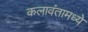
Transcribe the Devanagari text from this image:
कलावंतामध्ये